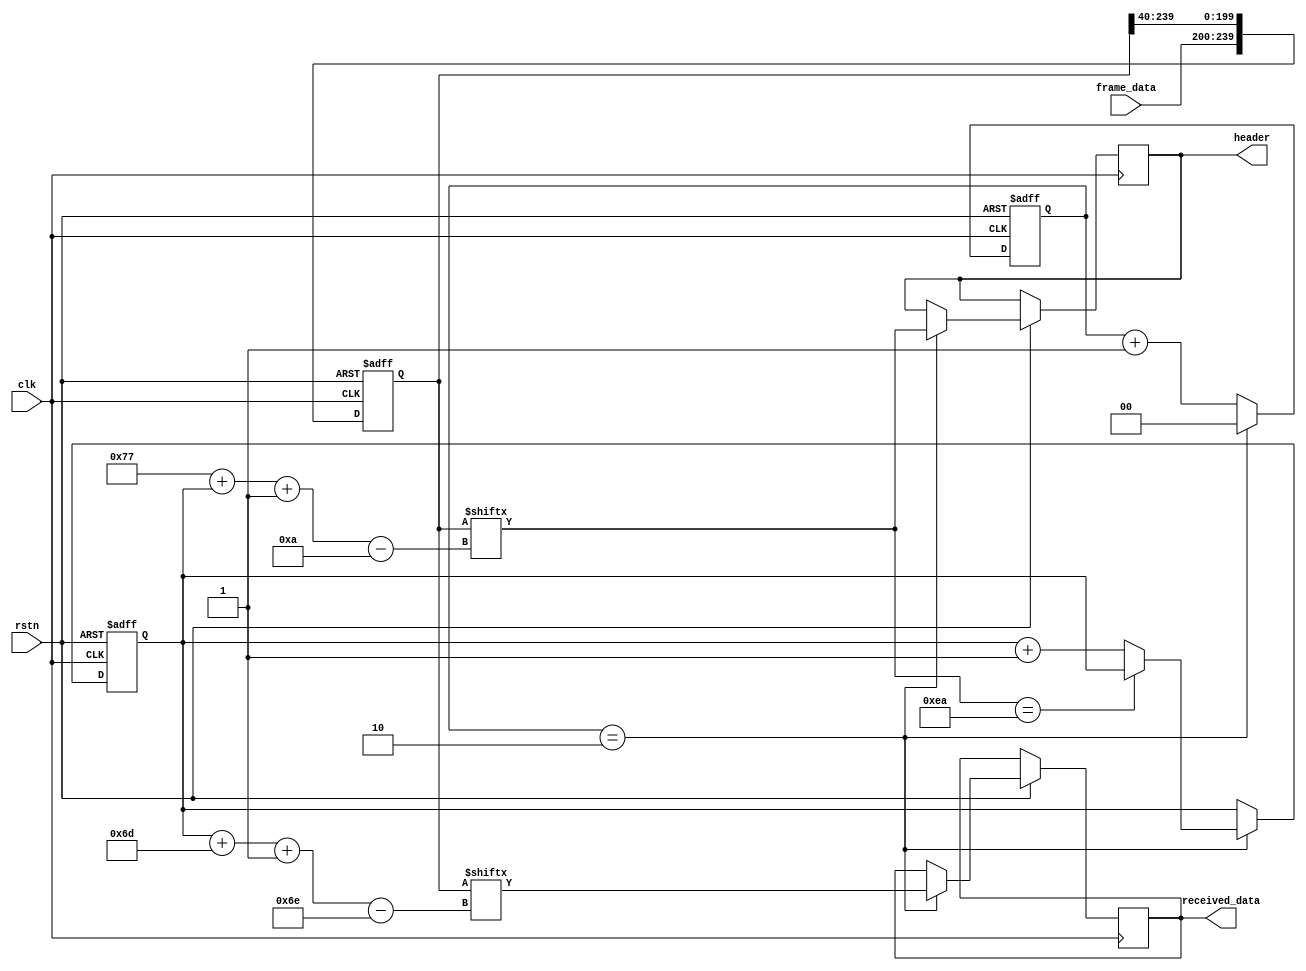
`timescale 1ns / 1ps
//////////////////////////////////////////////////////////////////////////////////
// Company: Wuhan Textile University
// 
// Design Name: header alignment
// Module Name: header_alignment
// Project Name: mic5_serdes
// Target Devices: KC705 Board
// Tool Versions: vivado 2019.2
// Description: 
// 
// Dependencies: 
// 
// Revision:
// Revision 0.01 - File Created
// Additional Comments:
// 
//////////////////////////////////////////////////////////////////////////////////

module header_alignment(
    input clk,                          // input clock 50 MHz
    input rstn,                         // system reset, low active
    input [39:0] frame_data,            // input data 40-bit
    output reg [9:0] header,                // header 10'h0ea
    output reg [109:0] received_data    // received data 110-bit
);

reg [239:0] data;
reg [6:0] shift_counter;
reg [1:0] cnt;
wire [9:0] header0;
always @(posedge clk or negedge rstn)
begin
    if(!rstn)
    begin
        cnt <= 2'b00;
        shift_counter <= 7'b000_0000;
        data <= 240'd0;
    end
    else
    begin
        cnt <= cnt + 1'b1;
        data <= {frame_data, data[239:40]};
        if(cnt == 2'b10)                                        // wait 3 period then check the header
        begin
            cnt <= 2'b00;
            header <= header0;
            if(header0 == 10'h0ea)
            begin
                shift_counter <= shift_counter;
            end
            else
            begin
                shift_counter <= shift_counter + 1'b1;
            end
            received_data <= data[(shift_counter+109)-:110]; 
        end
    end
end

assign header0 = data[(119+shift_counter)-:10];

//------------------------------------------------------< data extracter
endmodule